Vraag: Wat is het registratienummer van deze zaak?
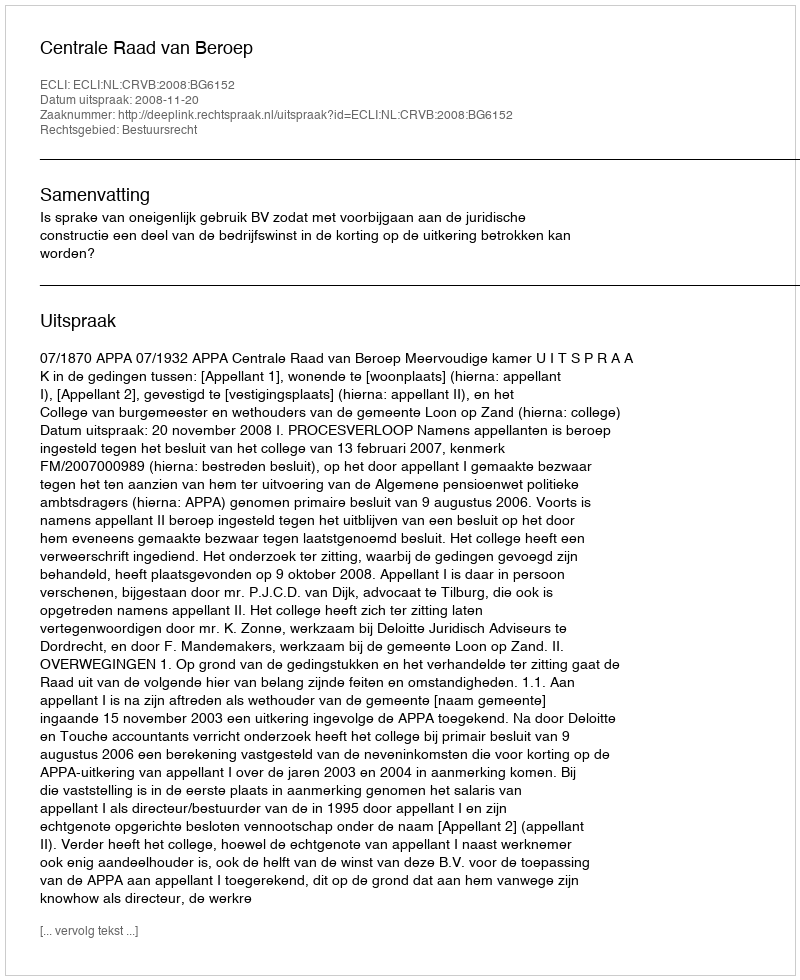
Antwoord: http://deeplink.rechtspraak.nl/uitspraak?id=ECLI:NL:CRVB:2008:BG6152